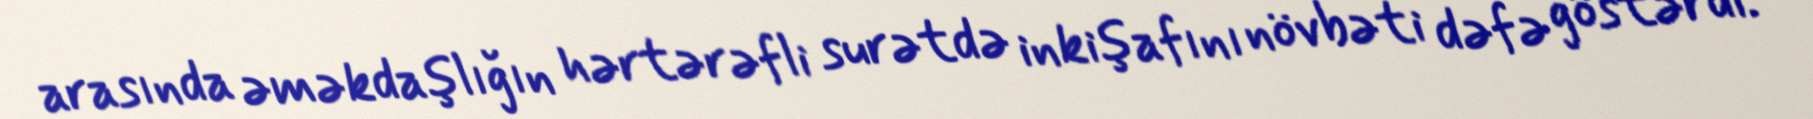
arasında əməkdaşlığın hərtərəfli surətdə inkişafını növbəti dəfə göstərdi.